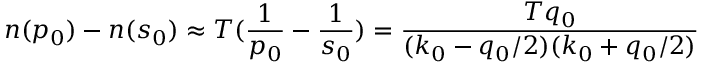
n ( p _ { 0 } ) - n ( s _ { 0 } ) \approx T ( { \frac { 1 } { p _ { 0 } } } - { \frac { 1 } { s _ { 0 } } } ) = { \frac { T q _ { 0 } } { ( k _ { 0 } - q _ { 0 } / 2 ) ( k _ { 0 } + q _ { 0 } / 2 ) } }